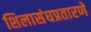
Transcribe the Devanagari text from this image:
शिलासंघप्रतारणे